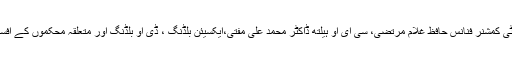
اجلاس میں ایڈیشنل ڈپٹی کمشنر فنانس حافظ غلام مرتضیٰ، سی ای او ہیلتھ ڈاکٹر محمد علی مفتی،ایکسیئن بلڈنگ ، ڈی او بلڈنگ اور متعلقہ محکموں کے افسران بھی شریک تھے۔